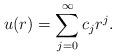
LaTeX: \begin{align*} u(r)=\sum_{j=0}^{\infty} c_jr^{j}. \end{align*}